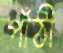
পাঁঠী